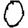
Digit: 0